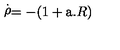
\stackrel { . } { \rho } = - ( 1 + \mathrm { \Large a } . R )